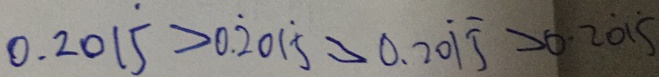
0 . 2 0 1 \dot { 5 } > 0 . \dot { 2 } 0 1 \dot { 5 } > 0 . 2 0 \dot { 1 } \dot { 5 } > 0 . 2 0 \dot { 1 } \dot { 5 }